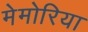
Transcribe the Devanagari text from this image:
मेमोरिया